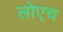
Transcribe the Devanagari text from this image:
लोएच